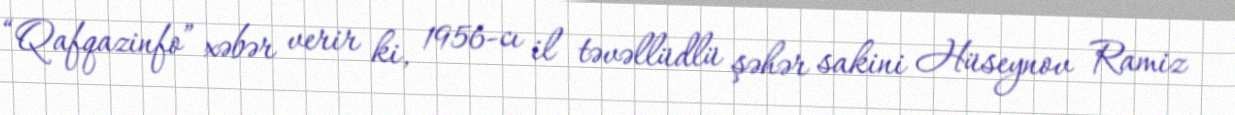
“Qafqazinfo” xəbər verir ki, 1956-cı il təvəllüdlü şəhər sakini Hüseynov Ramiz